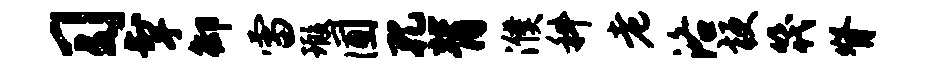
习掣御雷瑕圃孔背濮科老洛梗筏脊